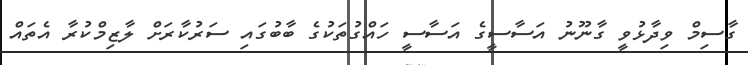
ގާސިމް ވިދާޅުވީ ގާނޫނު އަސާސީގެ އަސާސީ ހައްގުތަކުގެ ބާބުގައި ސަރުކާރަށް ލާޒިމްކުރާ އެތައް